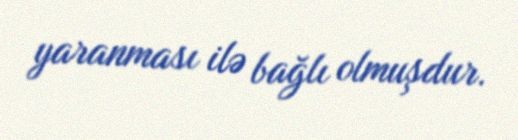
yaranması ilə bağlı olmuşdur.